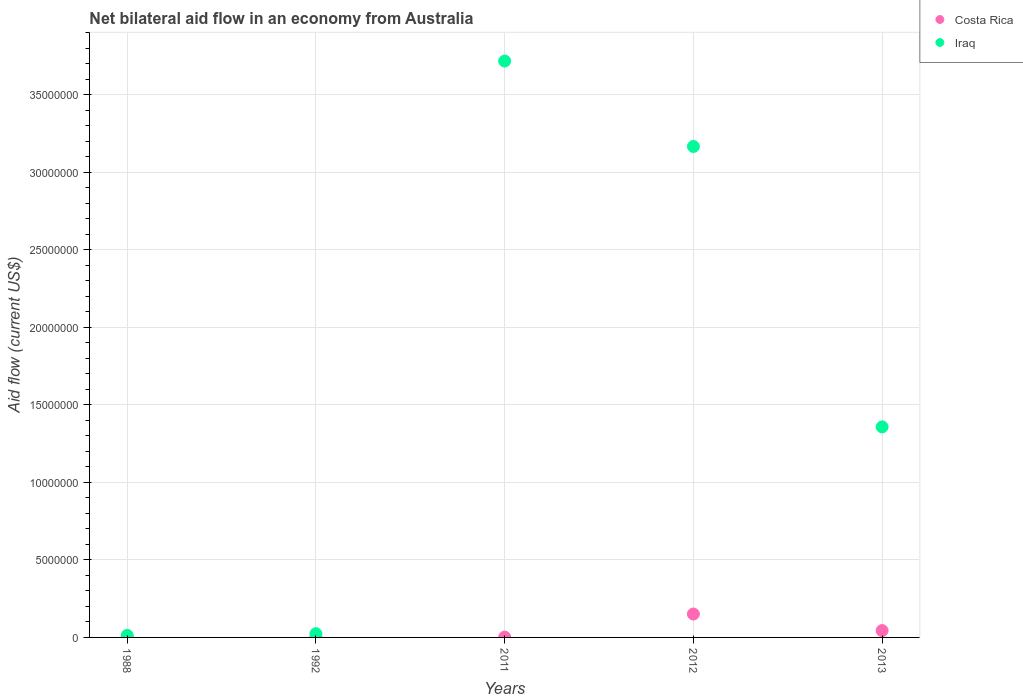
| Years | Costa Rica | Iraq |
 | --- | --- | --- |
 | 1988 | 2e+04 | 1.3e+05 |
 | 1992 | 2e+04 | 2.4e+05 |
 | 2011 | 2e+04 | 3.72e+07 |
 | 2012 | 1.51e+06 | 3.17e+07 |
 | 2013 | 4.4e+05 | 1.36e+07 |